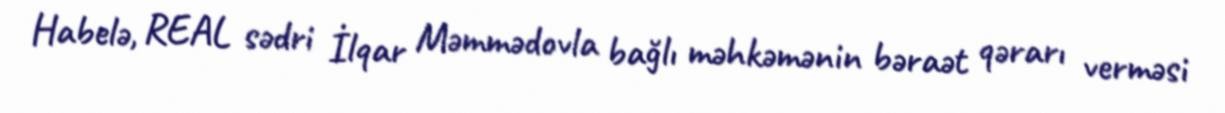
Habelə, REAL sədri İlqar Məmmədovla bağlı məhkəmənin bəraət qərarı verməsi